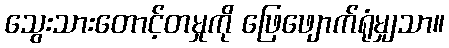
သွေးသားတောင့်တမှုကို ဖြေဖျောက်ရုံမျှသာ။